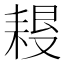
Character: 𦔀